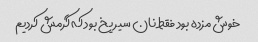
خوش مزده بود فقط نان سیر یخ بود که گرمش کردیم